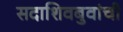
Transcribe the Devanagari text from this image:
सदाशिवबुवांची